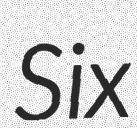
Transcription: Six